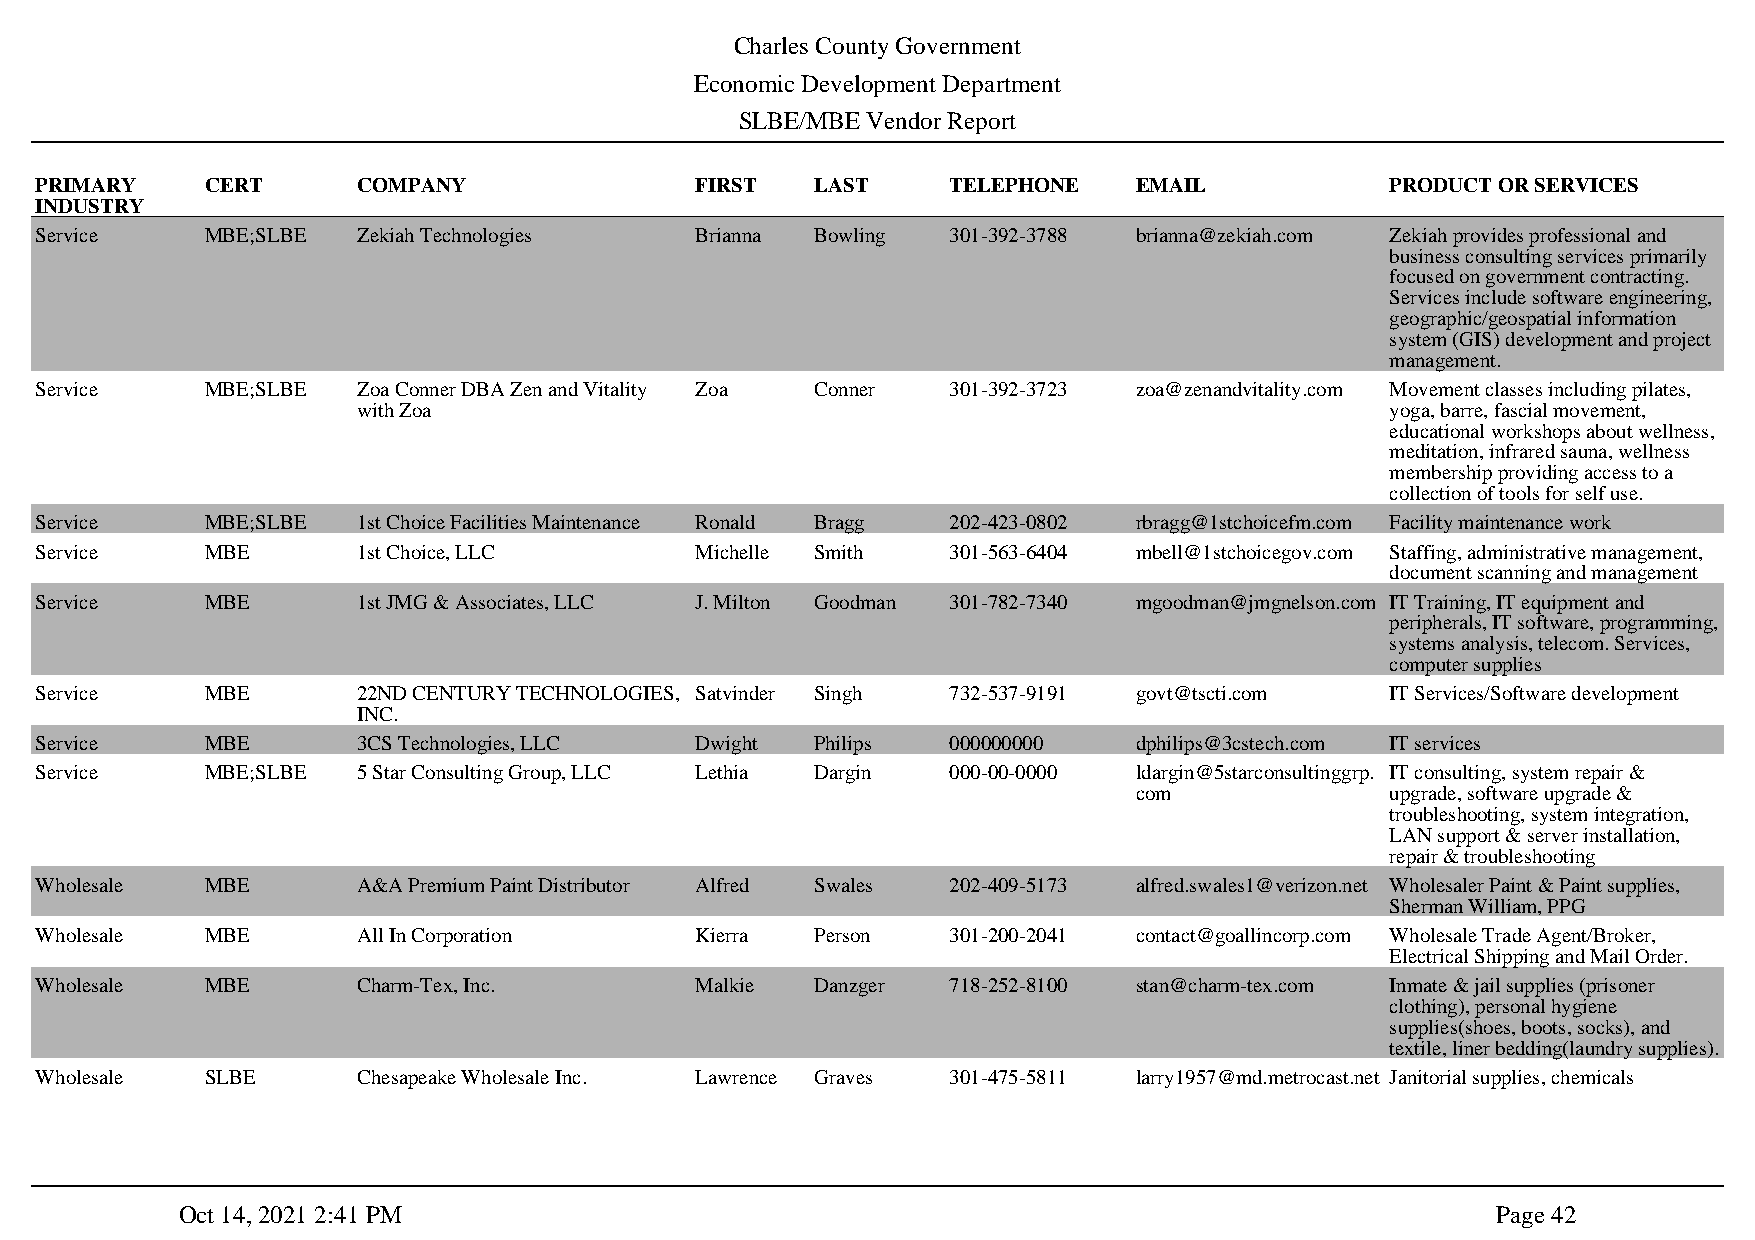
Charles County Government
 Economic Development Department
 SLBE/MBE Vendor Report
 PRIMARY     CERT      COMPANY               FIRST   LAST     TELEPHONE   EMAIL            PRODUCT OR SERVICES
 INDUSTRY
 Service     MBE;SLBE  Zekiah Technologies   Brianna Bowling  301-392-3788 brianna@zekiah.com Zekiah provides professional and
 business consulting services primarily
 focused on government contracting.
 Services include software engineering,
 geographic/geospatial information
 system (GIS) development and project
 management.
 Service     MBE;SLBE  Zoa Conner DBA Zen and Vitality Zoa Conner 301-392-3723 zoa@zenandvitality.com Movement classes including pilates,
 with Zoa                                                            yoga, barre, fascial movement,
 educational workshops about wellness,
 meditation, infrared sauna, wellness
 membership providing access to a
 collection of tools for self use.
 Service     MBE;SLBE  1st Choice Facilities Maintenance Ronald Bragg 202-423-0802 rbragg@1stchoicefm.com Facility maintenance work
 Service     MBE       1st Choice, LLC       Michelle Smith   301-563-6404 mbell@1stchoicegov.com Staffing, administrative management,
 document scanning and management
 Service     MBE       1st JMG & Associates, LLC J. Milton Goodman 301-782-7340 mgoodman@jmgnelson.com IT Training, IT equipment and
 peripherals, IT software, programming,
 systems analysis, telecom. Services,
 computer supplies
 Service     MBE       22ND CENTURY TECHNOLOGIES, Satvinder Singh 732-537-9191 govt@tscti.com IT Services/Software development
 INC.
 Service     MBE       3CS Technologies, LLC Dwight  Philips  000000000   dphilips@3cstech.com IT services
 Service     MBE;SLBE  5 Star Consulting Group, LLC Lethia Dargin 000-00-0000 ldargin@5starconsultinggrp. IT consulting, system repair &
 com              upgrade, software upgrade &
 troubleshooting, system integration,
 LAN support & server installation,
 repair & troubleshooting
 Wholesale   MBE       A&A Premium Paint Distributor Alfred Swales 202-409-5173 alfred.swales1@verizon.net Wholesaler Paint & Paint supplies,
 Sherman William, PPG
 Wholesale   MBE       All In Corporation    Kierra  Person   301-200-2041 contact@goallincorp.com Wholesale Trade Agent/Broker,
 Electrical Shipping and Mail Order.
 Wholesale   MBE       Charm-Tex, Inc.       Malkie  Danzger  718-252-8100 stan@charm-tex.com Inmate & jail supplies (prisoner
 clothing), personal hygiene
 supplies(shoes, boots, socks), and
 textile, liner bedding(laundry supplies).
 Wholesale   SLBE      Chesapeake Wholesale Inc. Lawrence Graves 301-475-5811 larry1957@md.metrocast.net Janitorial supplies, chemicals
 Oct 14, 2021 2:41 PM                                                                   Page 42